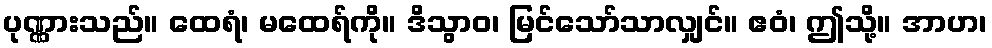
ပုဏ္ဏားသည်။ ထေရံ၊ မထေရ်ကို။ ဒိသွာဝ၊ မြင်သော်သာလျှင်။ ဧဝံ၊ ဤသို့။ အာဟ၊